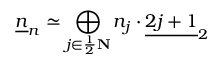
\underline { { { n } } } _ { n } \simeq \bigoplus _ { j \in \frac { 1 } { 2 } \bf N } n _ { j } \cdot \underline { { { 2 j + 1 } } } _ { 2 }